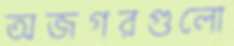
অজগরগুলো